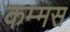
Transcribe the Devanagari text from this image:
कम्मस